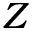
Z